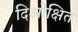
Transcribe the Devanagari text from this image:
दिओक्षित